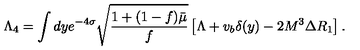
\Lambda _ { 4 } = \int d y e ^ { - 4 \sigma } \sqrt { \frac { 1 + ( 1 - f ) \bar { \mu } } { f } } \left[ \Lambda + v _ { b } \delta ( y ) - 2 M ^ { 3 } \Delta R _ { 1 } \right] .